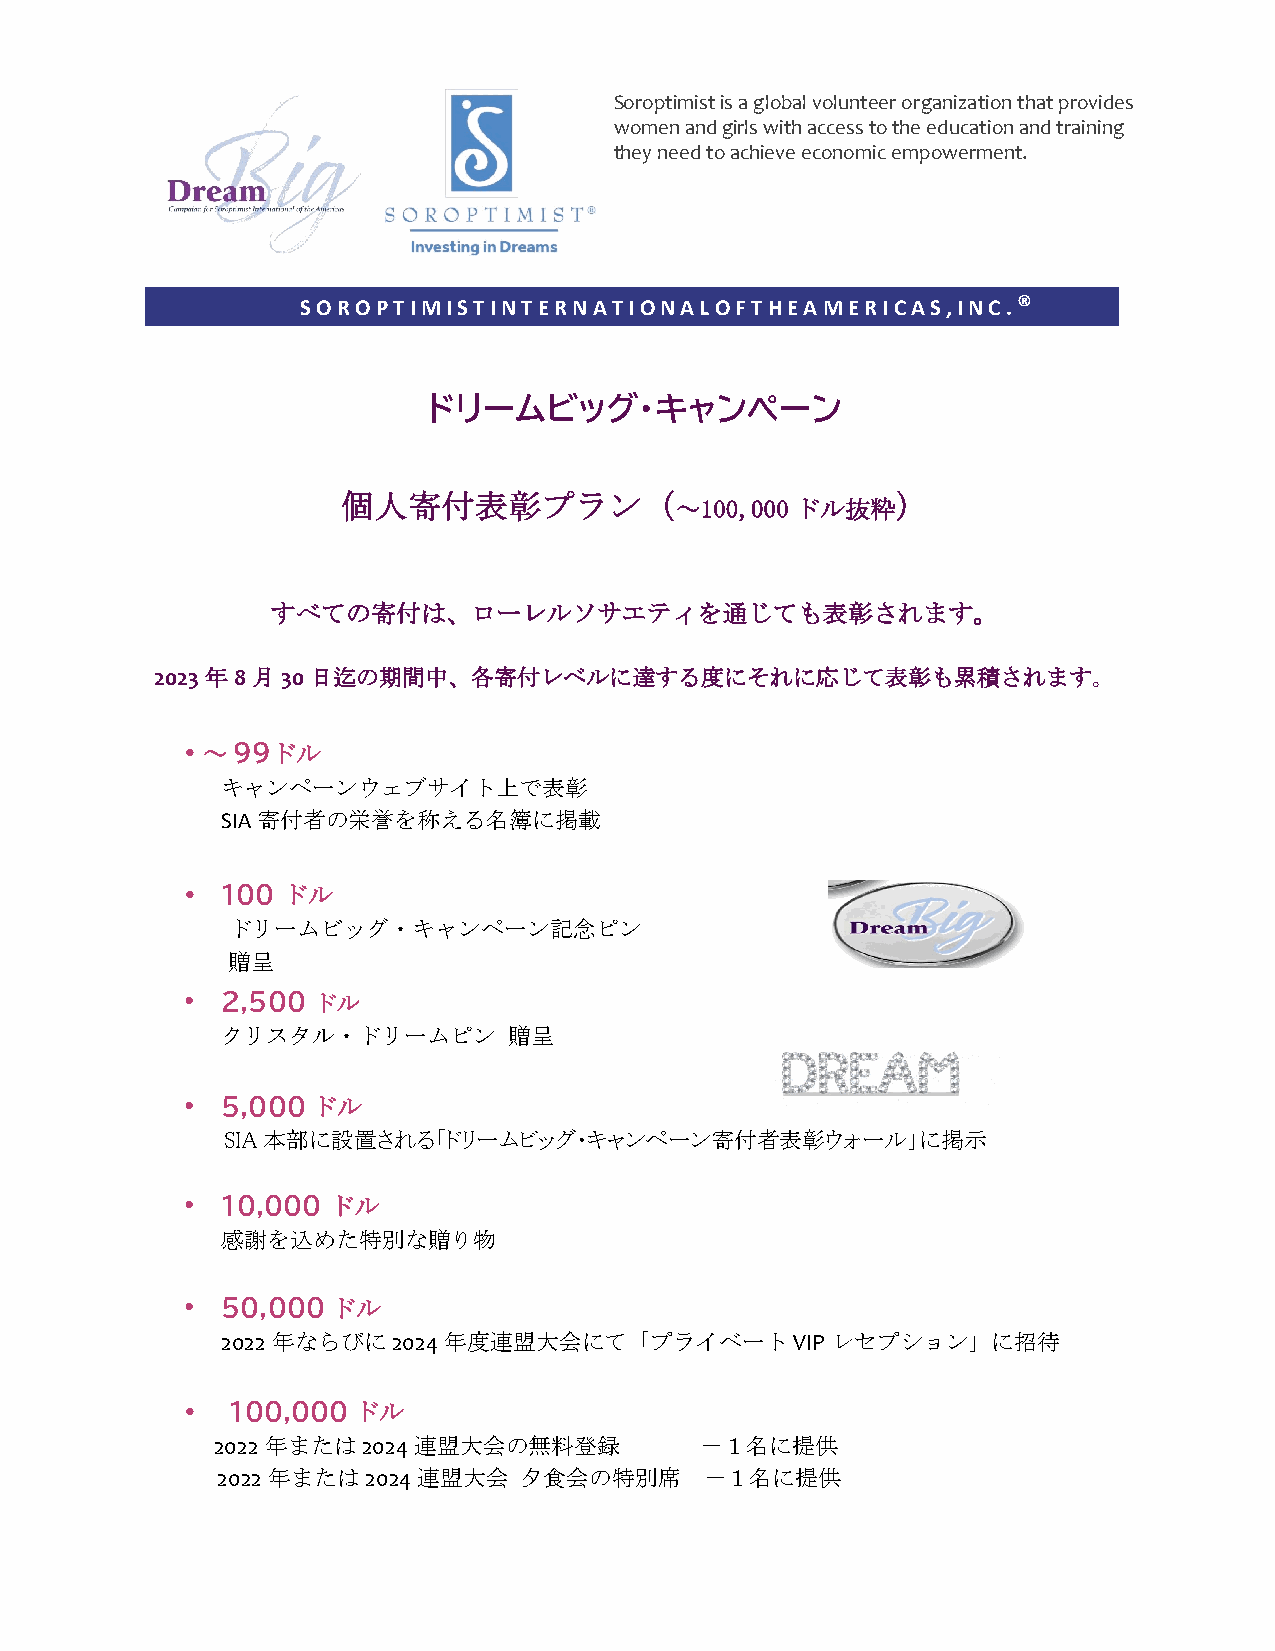
Soroptimist is a global volunteer organization that provides
 women and girls with access to the education and training
 they need to achieve economic empowerment.
 S O R O P T I M I S T I N T E R N A T I O N A L O F T H E A M E R I C A S , I N C . ®
 ドリームビッグ・キャンペーン
 個人寄付表彰プラン（                          ）
 ～100,000ドル抜粋
 すべての寄付は、ローレルソサエティを通じても表彰されます。
 2023年8月30日迄の期間中、各寄付レベルに達する度にそれに応じて表彰も累積されます。
 ～ ９９ドル
 •
 キャンペーンウェブサイト上で表彰
 SIA寄付者の栄誉を称える名簿に掲載
 100 ドル
 •
 ドリームビッグ・キャンペーン記念ピン
 贈呈
 •  2,500 ドル
 クリスタル・ドリームピン       贈呈
 •  5,000ドル
 SIA本部に設置される「ドリームビッグ・キャンペーン寄付者表彰ウォール」に掲示
 •  10,000 ドル
 感謝を込めた特別な贈り物
 •  50,000ドル
 2022年ならびに2024年度連盟大会にて「プライベートVIPレセプション」に招待
 100,000ドル
 •
 2022年または2024連盟大会の無料登録           －１名に提供
 2022年または2024連盟大会    夕食会の特別席      －１名に提供